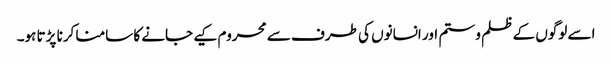
اسے لوگوں کے ظلم و ستم اور انسانوں کی طرف سے محروم کیے جانے کا سامنا کرنا پڑتا ہو۔